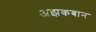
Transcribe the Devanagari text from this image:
अझकबान